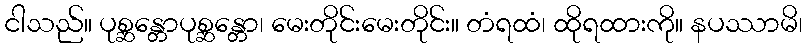
ငါသည်။ ပုစ္ဆန္တောပုစ္ဆန္တော၊ မေးတိုင်းမေးတိုင်း။ တံရထံ၊ ထိုရထားကို။ နပဿာမိ၊